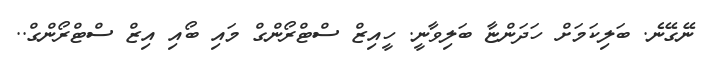
ނޭގޭނެ. ބަލިކަމަށް ހަދަންޏާ ބަލިވާނީ. ހީއިޒް ސްޓްރޯންގް މައި ބޯއި އިޒް ސްޓްރޯންގް..